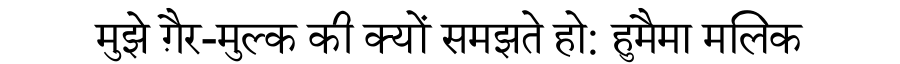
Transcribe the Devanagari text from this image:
मुझे ग़ैर-मुल्क की क्यों समझते हो: हुमैमा मलिक